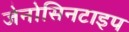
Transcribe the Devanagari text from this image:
जेनोसिनटाइप